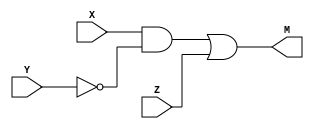
module circuit4 (input X, Y, Z, output M);
    wire w1;
    // w1 = Y'
    wire w2;
    // w2 = XY'

    not (w1,Y);
    and (w2,X,w1);
    or (M,w2,Z);
    
endmodule